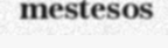
mestesos